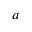
^ a